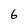
Character: 6